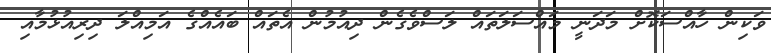
ވަކިން ހާއްސަކޮށް މަދަނީ މައްސަލަތައް ލަސްވެގެން ދިއުމުން އެތައް ބައެއްގެ އަމިއްލަ ދިރިއުޅުމާއި